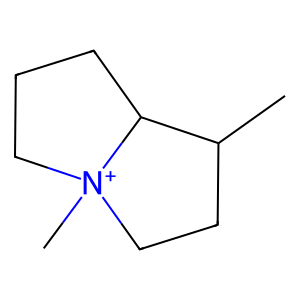
SMILES: CC1CC[N+]2(C)CCCC12
Inhibits HIV replication: No